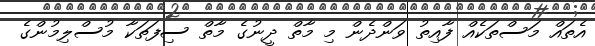
އެތައް މަސްތަކެއް ފާއިތު ވަންދެން މި މާތް ދީނުގެ މާތް ސިފަތަކާ މުސްލިމުންގެ